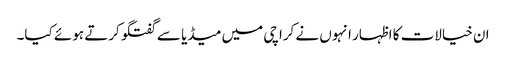
ان خیالات کا اظہار انہوں نے کراچی میں میڈیا سے گفتگو کرتے ہوئے کیا۔